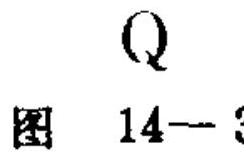
\(Q\)
图 \(14 - 3\)